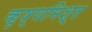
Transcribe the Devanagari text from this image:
कृष्णमिश्र